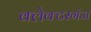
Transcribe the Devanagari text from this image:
क्लेक्टरगंज